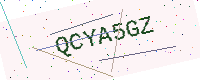
Text: QCYA5GZ